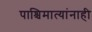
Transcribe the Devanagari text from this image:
पाश्चिमात्यांनाही